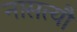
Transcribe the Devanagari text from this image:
नासत्यौ